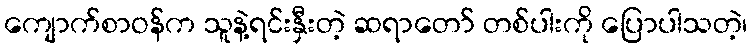
ကျောက်စာဝန်က သူနဲ့ရင်းနှီးတဲ့ ဆရာတော် တစ်ပါးကို ပြောပါသတဲ့၊